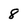
Character: 8